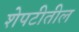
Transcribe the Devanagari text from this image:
शेपटीतील